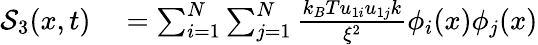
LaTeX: \begin{array}{rl}{\mathcal{S}_{3}(x,t)}&{{}=\sum_{i=1}^{N}\sum_{j=1}^{N}\frac{k_{B}Tu_{1i}u_{1j}k}{\xi^{2}}\phi_{i}(x)\phi_{j}(x)}\end{array}